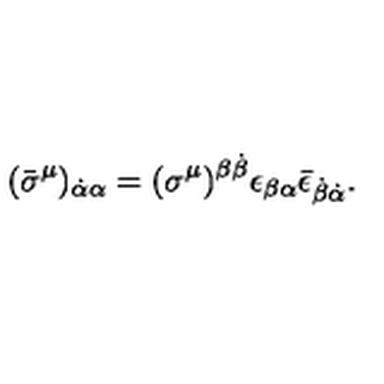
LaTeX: ( \bar { \sigma } ^ { \mu } ) _ { \dot { \alpha } \alpha } = ( \sigma ^ { \mu } ) ^ { \beta \dot { \beta } } \epsilon _ { \beta \alpha } \bar { \epsilon } _ { \dot { \beta } \dot { \alpha } } .